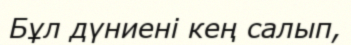
Бұл дүниені кең салып,